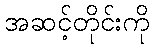
အဆင့်တိုင်းကို